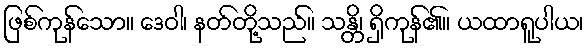
ဖြစ်ကုန်သော။ ဒေဝါ၊ နတ်တို့သည်။ သန္တိ၊ ရှိကုန်၏။ ယထာရူပါယ၊